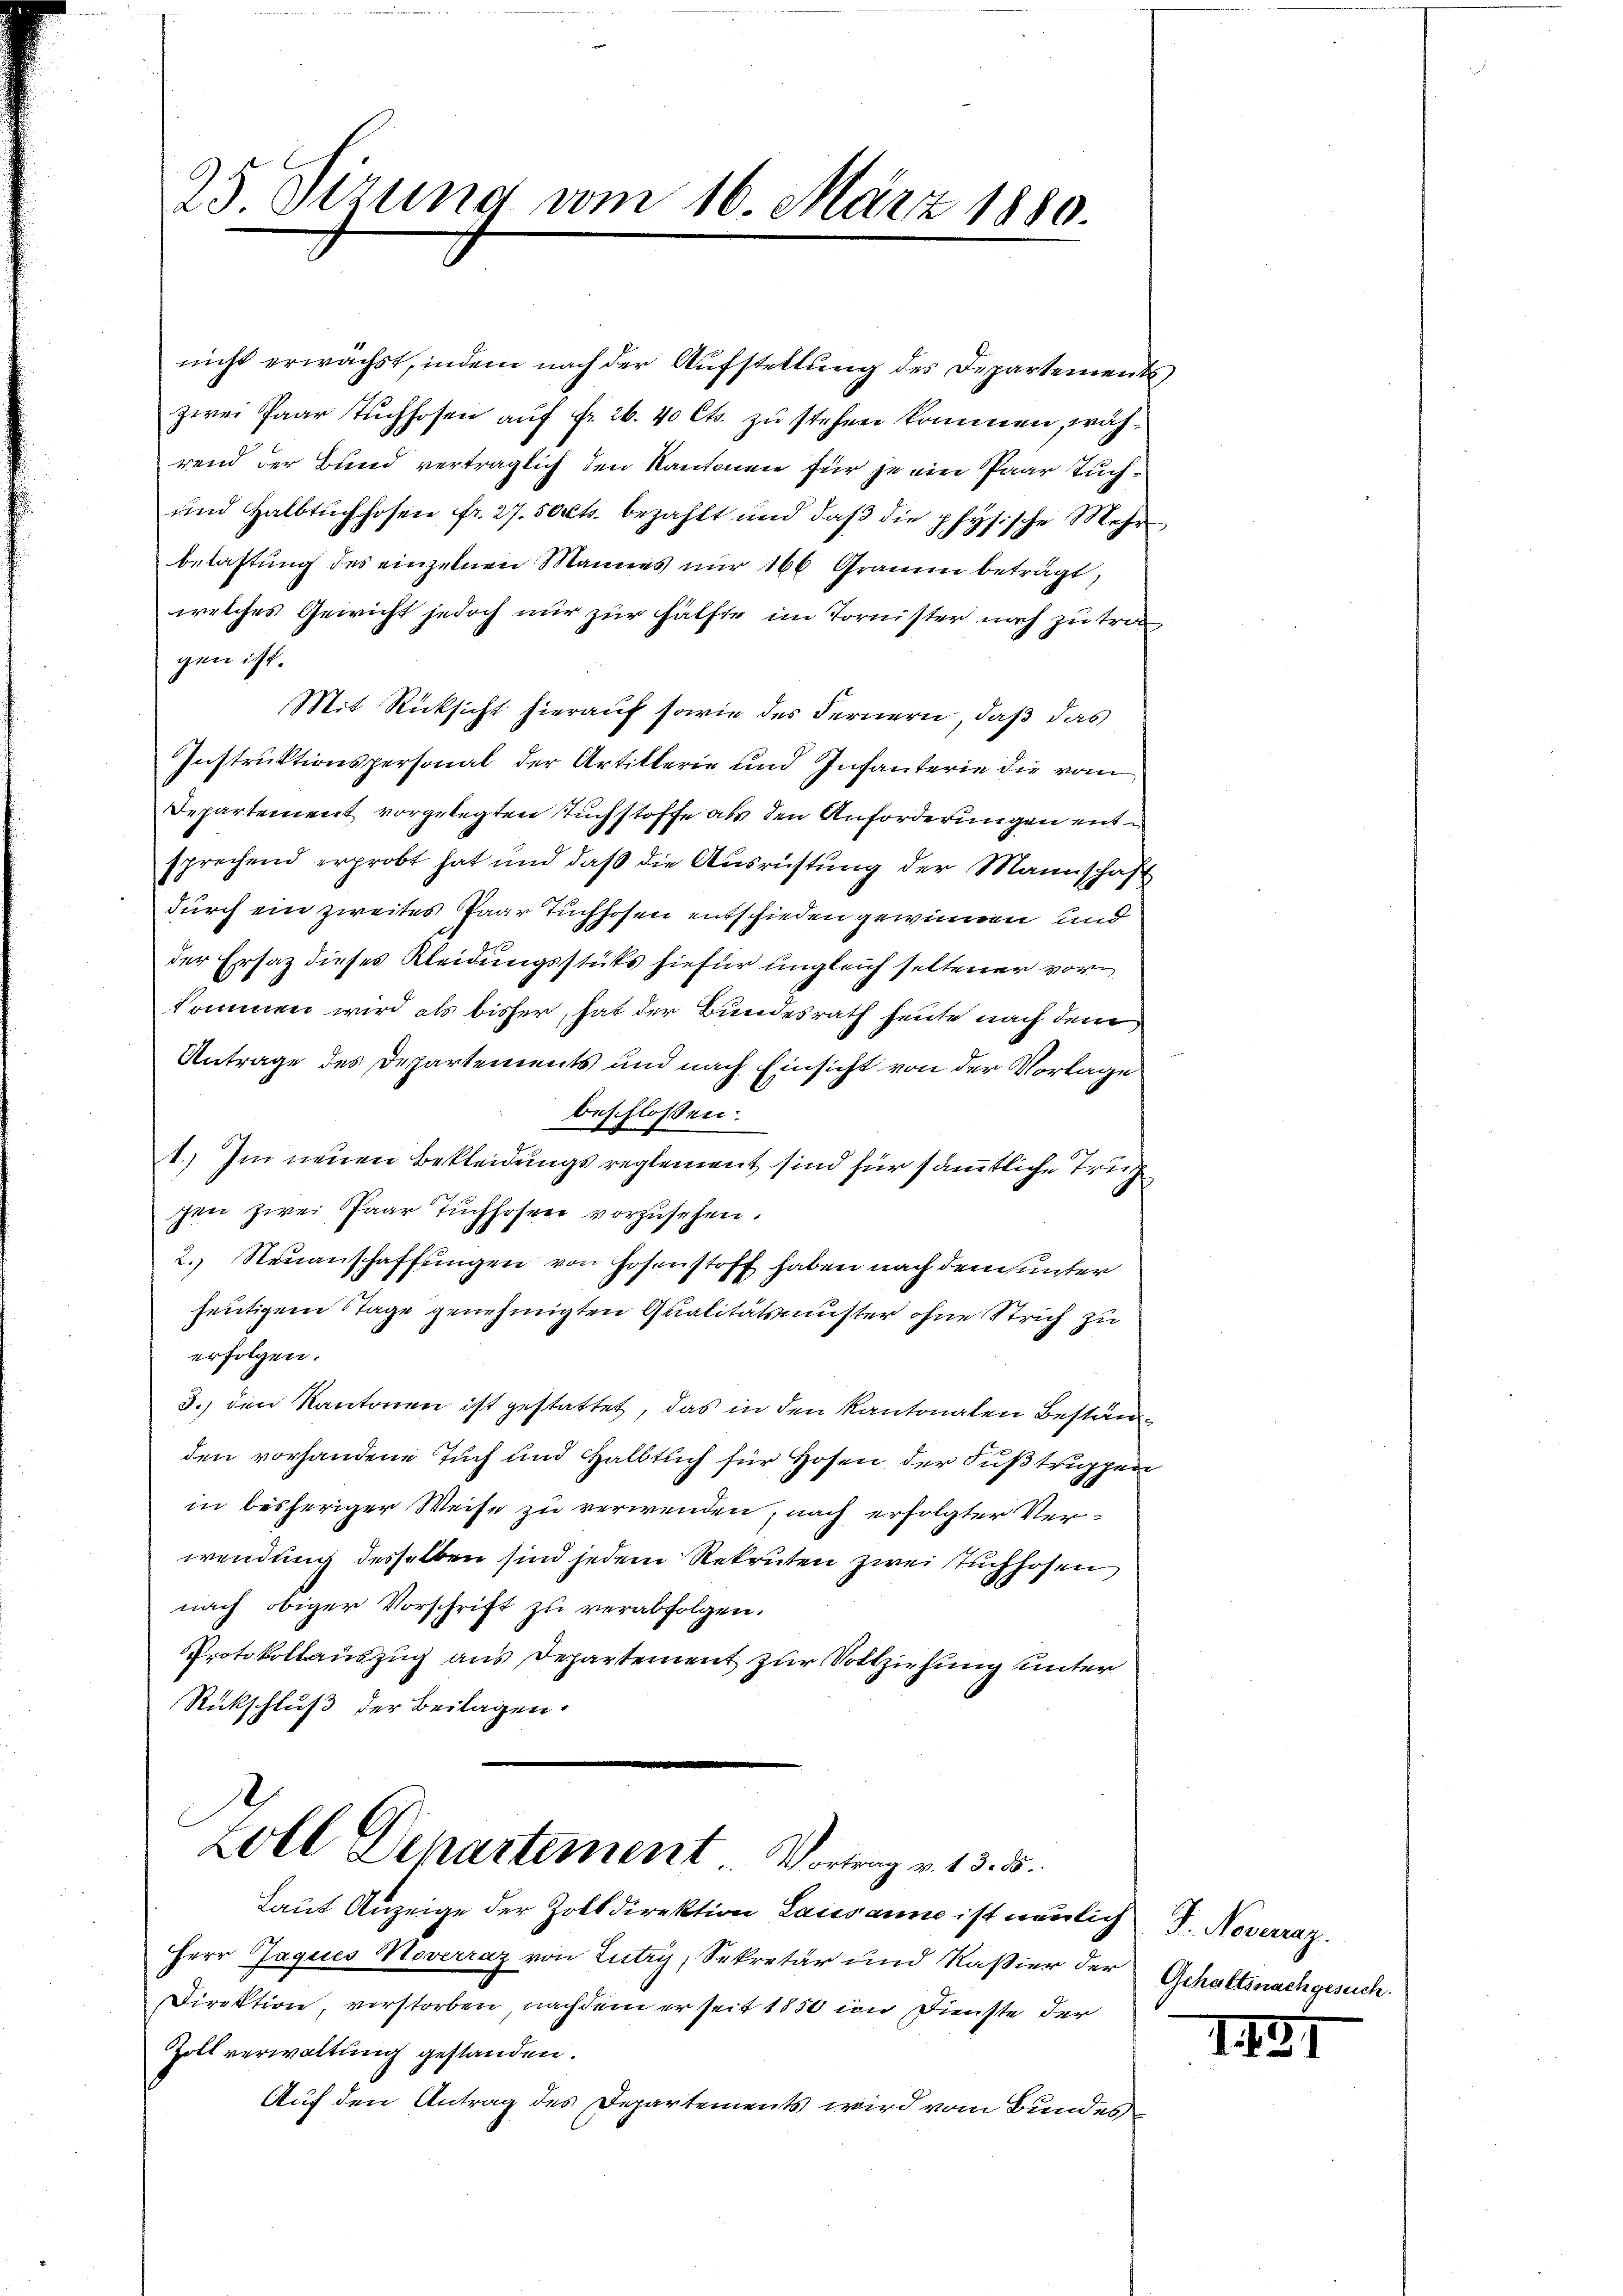
25 Sizung vom 16. März 1880.

nicht erwächst, indem nach der Aŭfstellŭng des Departements
zwei Paar Tuchhofen auf fr. 26. 40 Cts. zu stehen kommen, während der Bund verträglich den Kantonen für je ein Paar Tuchŭnd Halbtŭchhofen fr. 27. 50cts. bezahlt und daβ die physische Mehr
belastung des einzelnen Mannes nur 166 Gramme beträgt,
welches Gewicht jedoch nur zur Hälfte im Tornister noch zu trit
gen ist.
Mit Rücksicht hierauf sowie des Fernern, daß das
Instruktionspersonal der Artillerie und Infanterie die vom
Departement vorgelegten Tuchstoffe als den Anforderungen entsprechend erprobt hat und daß die Ausrüstung der Mannschaft
durch ein zweites Paar Tuchhofen entschieden gewinnen und
der Ersatz dieses Kleidungsstüks hiefür ungleich seltener vorkommen wird als bisher, hat der Bundesrath heute nach dem
Antrage des Departements und nach Einsicht von der Vorlage
beschlossen:
1.) Im neuen Bekleidungsreglement sind für sämmtliche Truh
gen zwei Paar Tuchhofen vorzusehen.
2. Neuanschaffungen von Hosenstoff haben nach dem unter
heutigem Stage genehmigten Qualitätsmuster ohne Strich zu
erfolgen.
3.) den Kantonen ist gestattet, das in den Kantonalen Beständ
den vorhandene Tuch und Halbtuch für Hosen der Fußtruppen
in bisheriger Weise zu verwenden, nach erfolgter Verwendung desselben sind jedem Rekruten zwei Tuchhofen,
nach obiger Vorschrift zu verabfolgen.
Protokollauszug aus Departement zur Vollziehung unter
Rückschluß der Beilagen.
Zoll Departement. Vortrag v. 13. 5.
Laut Anzeige der Zolldirektion Lausanne ist neulich d. Noverraz.
Herr Jaques Moverraz von Lutry, Sekretär und Raßier der Gehaltsnachgesuch.
Direktion, verstorben, nachdem er seit 1850 im Dienste der
Zoll verwaltung gestanden.
Auf den Antrag des Departements wird vom Bundes¬

II